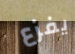
يفزع